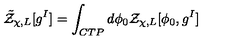
{ \tilde { \cal Z } } _ { \chi , L } [ g ^ { I } ] = \int _ { C T P } d \phi _ { 0 } { \cal Z } _ { \chi , L } [ \phi _ { 0 } , g ^ { I } ]